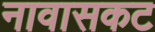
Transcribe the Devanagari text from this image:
नावासकट